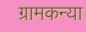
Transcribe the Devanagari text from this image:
ग्रामकन्या